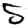
Digit: 5